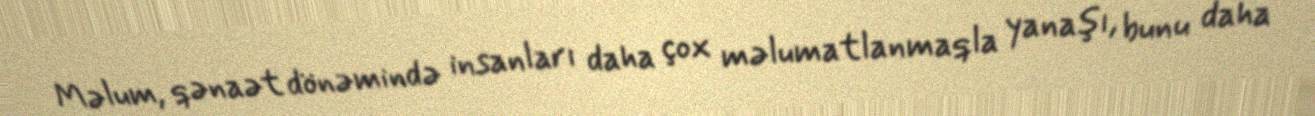
Məlum, qənaət dönəmində insanları daha çox məlumatlanmaqla yanaşı, bunu daha